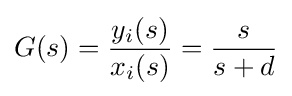
G(s)={\frac {y_{i}(s)}{x_{i}(s)}}={\frac {s}{s+d}}